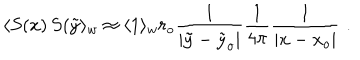
\langle S ( x ) \, S ( \tilde { y } \rangle _ { w } \approx \langle 1 \rangle _ { w } r _ { o } { \frac { 1 } { \mid \tilde { y } - \tilde { y } _ { o } \mid } } { \frac { 1 } { 4 \pi } } { \frac { 1 } { \mid x - x _ { o } \mid } } \, \, .